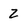
Character: 2